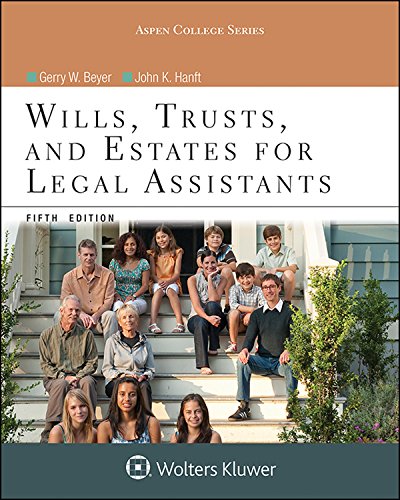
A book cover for Wills, Trusts, and Estates for Legal Assistants (Aspen College Series); Gerry W. Beyer; Law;